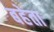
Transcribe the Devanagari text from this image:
बहेता